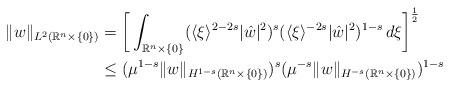
LaTeX: \begin{align*}\|w\|_{L^{2}(\mathbb{R}^{n}\times\{0\})} & =\bigg[\int_{\mathbb{R}^{n}\times\{0\}}(\langle\xi\rangle^{2-2s}|\hat{w}|^{2})^{s}(\langle\xi\rangle^{-2s}|\hat{w}|^{2})^{1-s}\,d\xi\bigg]^{\frac{1}{2}}\\ & \le(\mu^{1-s}\|w\|_{H^{1-s}(\mathbb{R}^{n}\times\{0\})})^{s}(\mu^{-s}\|w\|_{H^{-s}(\mathbb{R}^{n}\times\{0\})})^{1-s}\end{align*}